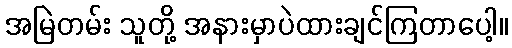
အမြဲတမ်း သူတို့ အနားမှာပဲထားချင်ကြတာပေါ့။